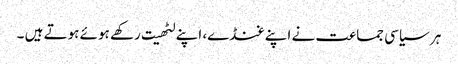
ہر سیاسی جماعت نے اپنے غنڈے، اپنے لٹھیت رکھے ہوئے ہوتے ہیں ۔